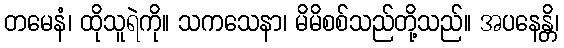
တမေနံ၊ ထိုသူရဲကို။ သကသေနာ၊ မိမိစစ်သည်တို့သည်။ အပနေန္တိ၊